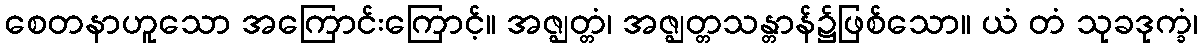
စေတနာဟူသော အကြောင်းကြောင့်။ အဇ္ဈတ္တံ၊ အဇ္ဈတ္တသန္တာန်၌ဖြစ်သော။ ယံ တံ သုခဒုက္ခံ၊